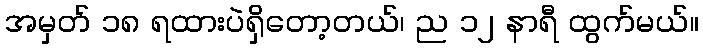
အမှတ် ၁၈ ရထားပဲရှိတော့တယ်၊ ည ၁၂ နာရီ ထွက်မယ်။